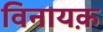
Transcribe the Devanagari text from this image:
विनायक़